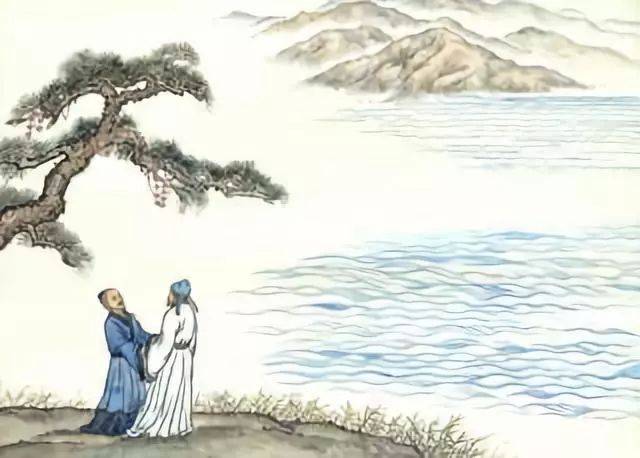
桃花潭水深千尺，不及汪伦送我情。